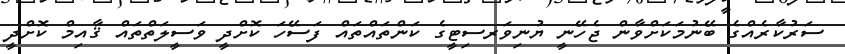
ސަރުކާރެއްގެ ބޭނުމަކަށްވާން ޖެހޭނީ ޔުނިވަރސިޓީގެ ކަންތައްތައް ފަސޭހަ ކޮށްދީ ވަސީލަތްތައް ޤާއިމް ކޮށްދީ